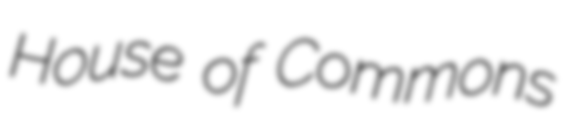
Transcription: House of Commons